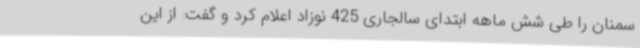
سمنان را طی شش ماهه ابتدای سالجاری 425 نوزاد اعلام کرد و گفت: از این